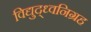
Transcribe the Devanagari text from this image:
विद्युद्ध्वनिग्रह